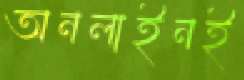
অনলাইনই